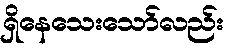
ရှိနေသေးသော်လည်း